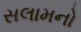
સલામનો